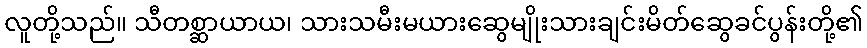
လူတို့သည်။ သီတစ္ဆာယာယ၊ သားသမီးမယားဆွေမျိုးသားချင်းမိတ်ဆွေခင်ပွန်းတို့၏